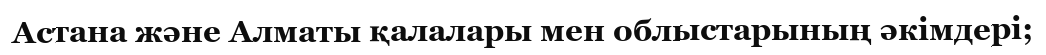
Астана және Алматы қалалары мен облыстарының әкімдері;